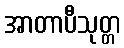
အာတာပီသုတ္တ